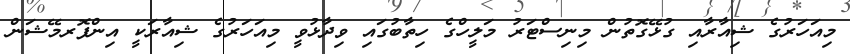
މިއަހަރުގެ ޝިއާރާއި ގުޅޭގޮތުން މިނިސްޓަރު މަލީހްގެ ހިތާބުގައި ވިދާޅުވީ މިއަހަރުގެ ޝިއާރަކީ އިންފޮރމޭޝަން